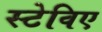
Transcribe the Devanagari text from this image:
स्टेविए